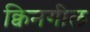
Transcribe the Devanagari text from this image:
क्विनगील